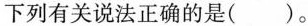
下列有关说法正确的是()。